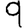
Digit: 9